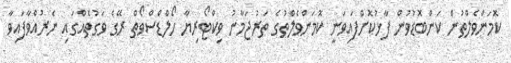
ކޮމަންވެލްތުން ކަންބޮޑުވުން ފާޅުކޮށްފައިވަނީ ކޮމަންވެލްތުގެ ތަރުޖަމާނު ވިކްޓޯރިޔާ ހޯލްޑްސްވޯތް ރޭގެ ވަގުތެއްގައި ނެރުއްވާފައިވާ